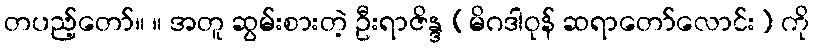
တပည့်တော်။ ။ အတူ ဆွမ်းစားတဲ့ ဦးရာဇိန္ဒ (မိဂဒါဝုန် ဆရာတော်လောင်း) ကို